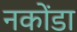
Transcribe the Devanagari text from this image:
नकोंडा